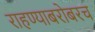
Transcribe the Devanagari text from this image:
राहण्याबरोबरच